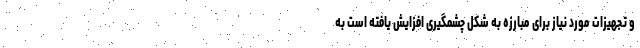
و تجهیزات مورد نیاز برای مبارزه به شکل چشمگیری افزایش یافته است به